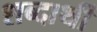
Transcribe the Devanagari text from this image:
शब्दार्थी